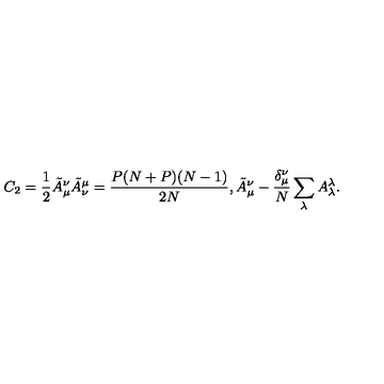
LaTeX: C _ { 2 } = \frac { 1 } { 2 } \tilde { A } _ { \mu } ^ { \nu } \tilde { A } _ { \nu } ^ { \mu } = \frac { P ( N + P ) ( N - 1 ) } { 2 N } , \tilde { A } _ { \mu } ^ { \nu } - \frac { \delta _ { \mu } ^ { \nu } } { N } \sum _ { \lambda } A _ { \lambda } ^ { \lambda } .